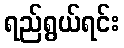
ရည်ရွယ်ရင်း